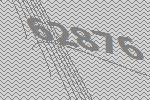
62876